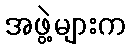
အဖွဲ့များက